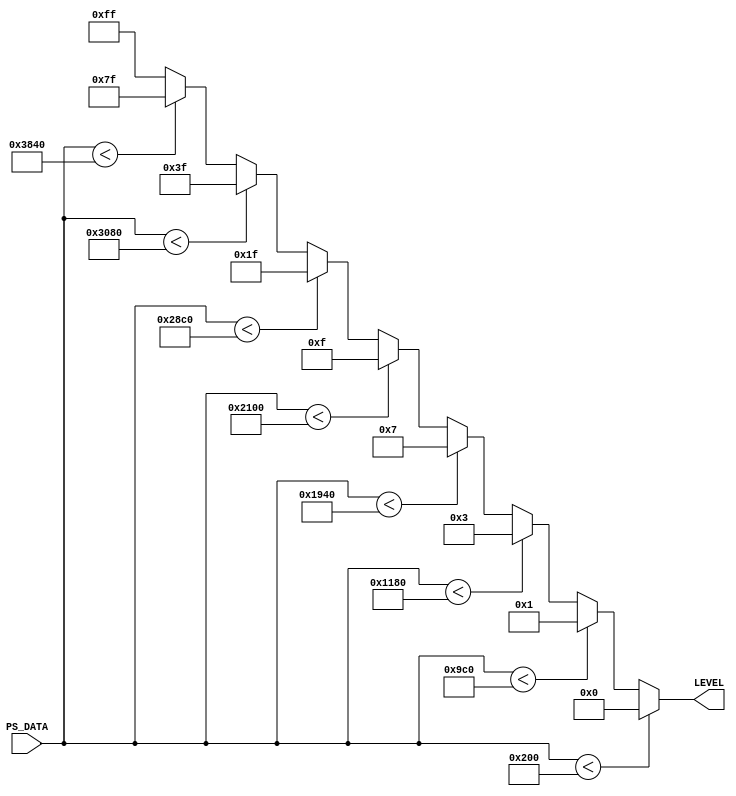
module LEVEL_CAMP (
input  [17:0]PS_DATA,
output [7:0] LEVEL
); 
wire [15:0]DAT ; 

assign DAT = (16'h4000 - 16'h200)/8 ; 
//--LEVEL COMP ---
assign  LEVEL  = 
  ( PS_DATA < 16'h 200  ) ? 8'h00: (
  ( PS_DATA < 16'h 200+DAT*1  ) ? 8'h01: (
  ( PS_DATA < 16'h 200+DAT*2  ) ? 8'h03: (
  ( PS_DATA < 16'h 200+DAT*3  ) ? 8'h07: (
  ( PS_DATA < 16'h 200+DAT*4  ) ? 8'h0F: (
  ( PS_DATA < 16'h 200+DAT*5  ) ? 8'h1F: (
  ( PS_DATA < 16'h 200+DAT*6  ) ? 8'h3F: (
  ( PS_DATA < 16'h 200+DAT*7  ) ? 8'h7F: (
  ( PS_DATA < 16'h 200+DAT*8  ) ? 8'hFF: 8'hFF
  ))))))));
  
 endmodule